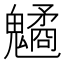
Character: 䰬